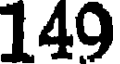
149